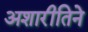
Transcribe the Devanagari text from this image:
अशारीतिने